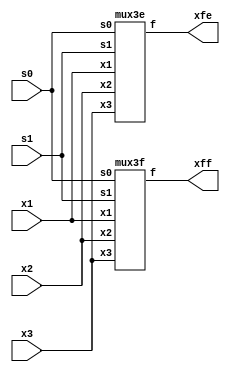
module top (
    input x1, x2, x3, s0, s1,
    output xfe, xff);
    mux3e dute(x1, x2, x3, s0, s1, xfe);
    mux3f dutf(x1, x2, x3, s0, s1, xff);
endmodule 

// Estrutural
module mux3e (
    input x1, x2, x3, s0, s1,
    output f);
    // Instancie e conecte os componentes abaixo  

endmodule

// Funcional
module mux3f (
    input x1, x2, x3, s0, s1,
    output f);
    // Digite o seu cdigo abaixo  

endmodule

module mux2(
    output f,
    input x1, x2, s);
    assign f = s ? x2 : x1;
endmodule